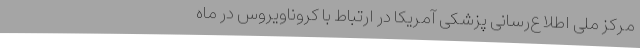
مرکز ملی اطلاع‌رسانی پزشکی آمریکا در ارتباط با کروناویروس در ماه